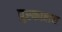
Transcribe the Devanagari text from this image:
पुस्‍कालय